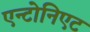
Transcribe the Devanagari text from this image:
एन्टोनिएट